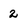
Character: 2